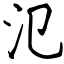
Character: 氾